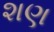
શણ